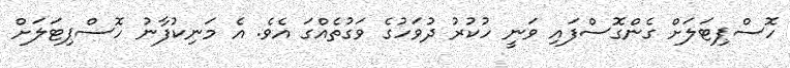
ހޮސްޕިޓަލަށް ގެންގޮސްފައި ވަނީ ހުކުރު ދުވަހުގެ ވަގުތެއްގަ އެވެ. އެ މަނިކުފާނު ހޮސްޕިޓަލަށް